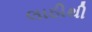
લાઠીથી